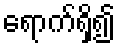
ရောက်ရှိ၍